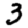
Digit: 3